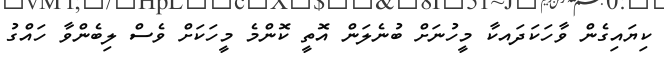
ކިޔައިގެން ވާހަކަދައކާ މީހުނަށް ބުނެލަން އޮތީ ކޮންމެ މީހަކަށް ވެސް ލިބެންވާ ހައްގު